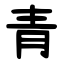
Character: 青